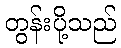
တွန်းပို့သည်